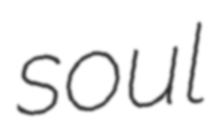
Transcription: soul